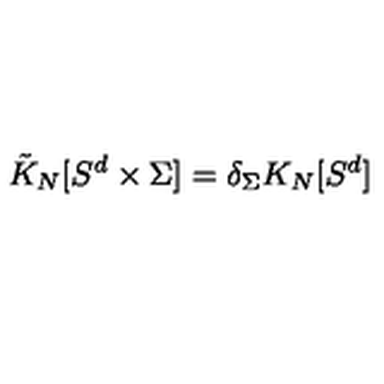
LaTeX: \tilde { K } _ { N } [ S ^ { d } \times \Sigma ] = \delta _ { \Sigma } K _ { N } [ S ^ { d } ]